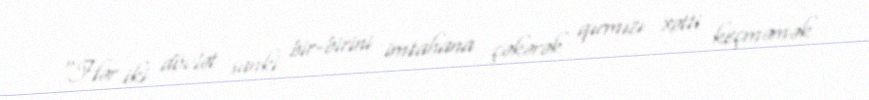
"Hər iki dövlət sanki bir-birini imtahana çəkərək qırmızı xətti keçməmək